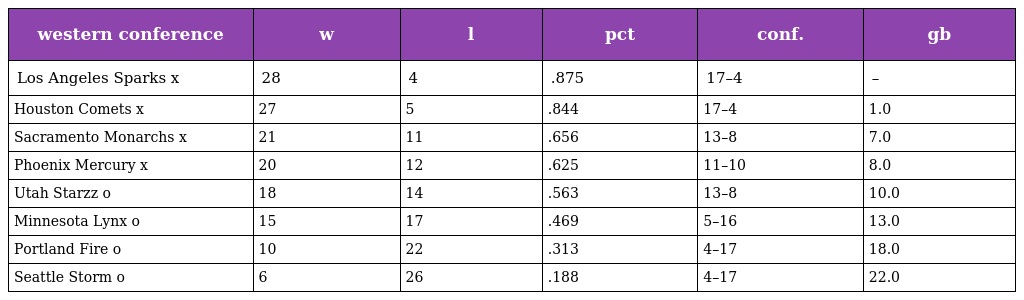
| western conference | w | l | pct | conf. | gb |
 | --- | --- | --- | --- | --- | --- |
 | Los Angeles Sparks x | 28 | 4 | .875 | 17–4 | – |
 | Houston Comets x | 27 | 5 | .844 | 17–4 | 1.0 |
 | Sacramento Monarchs x | 21 | 11 | .656 | 13–8 | 7.0 |
 | Phoenix Mercury x | 20 | 12 | .625 | 11–10 | 8.0 |
 | Utah Starzz o | 18 | 14 | .563 | 13–8 | 10.0 |
 | Minnesota Lynx o | 15 | 17 | .469 | 5–16 | 13.0 |
 | Portland Fire o | 10 | 22 | .313 | 4–17 | 18.0 |
 | Seattle Storm o | 6 | 26 | .188 | 4–17 | 22.0 |